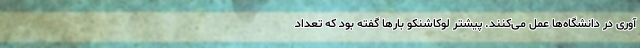
آوری در دانشگاه‌ها عمل می‌کنند. پیشتر لوکاشنکو بارها گفته بود که تعداد